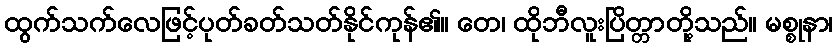
ထွက်သက်လေဖြင့်ပုတ်ခတ်သတ်နိုင်ကုန်၏။ တေ၊ ထိုဘီလူးပြိတ္တာတို့သည်။ မစ္စုနာ၊